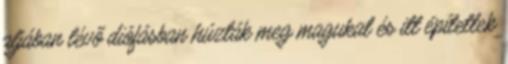
aljában lévő diófásban húzták meg magukat és itt építettek